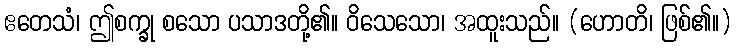
ဧတေသံ၊ ဤစက္ခု စသော ပသာဒတို့၏။ ဝိသေသော၊ အထူးသည်။ (ဟောတိ၊ ဖြစ်၏။)